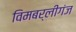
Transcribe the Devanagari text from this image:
विमबर्लीगंज